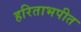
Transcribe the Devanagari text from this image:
हरिताभपीत